Annual report of the Punjab Veterinary College and of the Civil Veterinary Department, Punjab - 1926-1932
Year: 1926
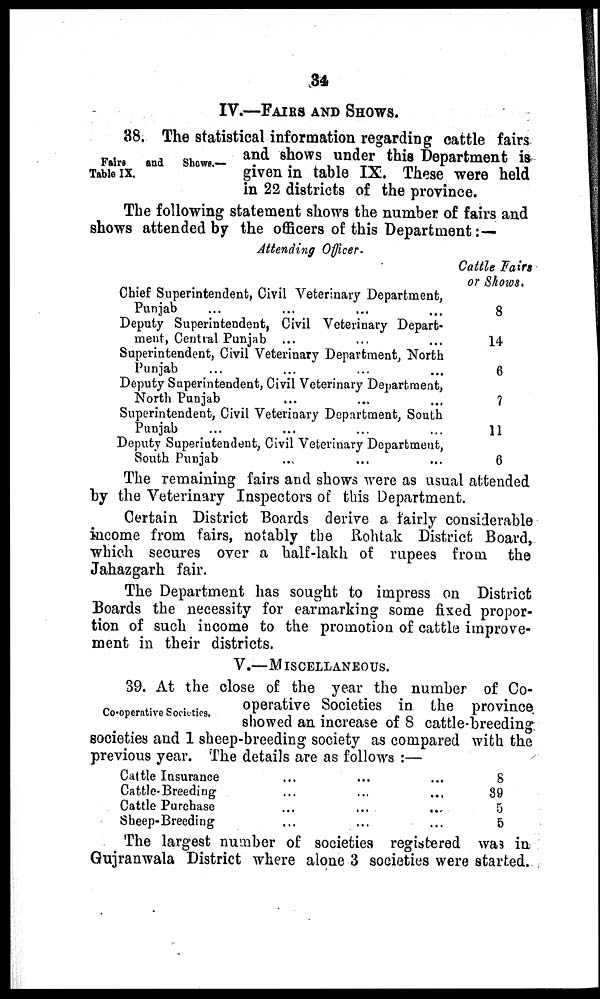
34
IV.—FAIRS AND SHOWS.
Fairs
and
Shows.—
Table IX.
38. The statistical information regarding cattle fairs
and shows under this Department is
given in table IX. These were held
in 22 districts of the province.
The following statement shows the number of fairs and
shows attended by the officers of this Department:—
Attending Officer.
Chief Superintendent, Civil Veterinary Department,
Punjab ... ... ... ...
Deputy Superintendent, Civil Veterinary Depart-
ment, Central Punjab ... ... ...
Superintendent, Civil Veterinary Department, North
Punjab ... ... ...
Deputy Superintendent, Civil Veterinary Department,
North Punjab ... ... ...
Superintendent, Civil Veterinary Department, South
Punjab ... ... ... ...
Deputy Superintendent, Civil Veterinary Department,
South Punjab ... ... ... ...
Cattle Fairs
or Shows.
8
14
6
7
11
6
The remaining fairs and shows were as usual attended
by the Veterinary Inspectors of this Department.
Certain District Boards derive a fairly considerable
income from fairs, notably the Rohtak District Board,
which secures over a half-lakh of rupees from the
Jahazgarh fair.
The Department has sought to impress on District
Boards the necessity for earmarking some fixed propor-
tion of such income to the promotion of cattle improve-
ment in their districts.
V.—MISCELLANEOUS.
Co-operative Societies.
39. At the close of the year the number of Co-
operative Societies in the province
showed an increase of 8 cattle-breeding
societies and 1 sheep-breeding society as compared with the
previous year. The details are as follows:—
Cattle Insurance ... ... ...
Cattle-Breeding ... ... ...
Cattle Purchase ... ... ...
Sheep-Breeding ... ... ...
8
39
5
5
The largest number of societies registered was in
Gujranwala District where alone 3 societies were started.